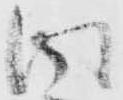
得